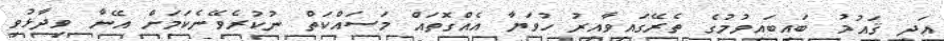
އަދި ޤައުމު ބައިބައިވުމުގެ ތެރޭގައިވާއިރު ހުވަޔާ އެއްގޮތައް މަސައްކަތް ނުކުރެވޭނެކަމަށް އޭނާ ވިދާޅުވި